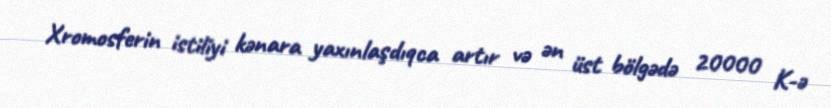
Xromosferin istiliyi kənara yaxınlaşdıqca artır və ən üst bölgədə 20000 K-ə